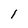
Character: 1